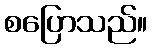
စပြောသည်။